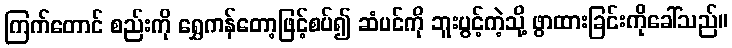
ကြက်တောင် စည်းကို ရွှေကန်တော့ဖြင့်စပ်၍ ဆံပင်ကို ဘူးပွင့်ကဲ့သို့ ဖွာထားခြင်းကိုခေါ်သည်။